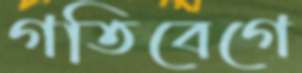
গতিবেগে